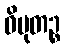
ဝိမုတဉ္စ